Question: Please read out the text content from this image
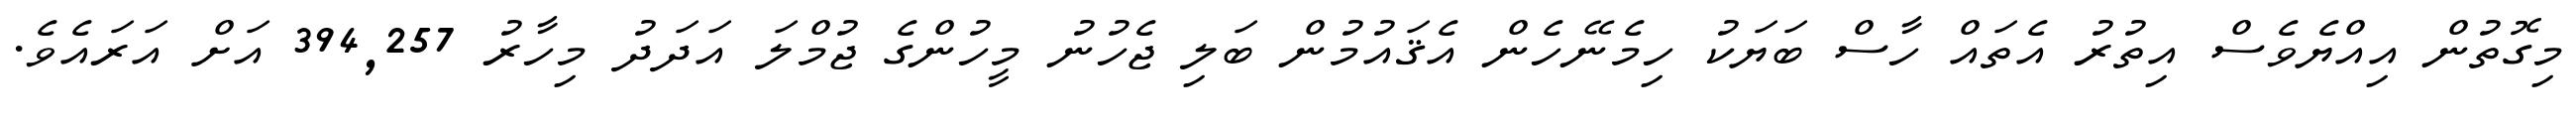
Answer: މިގޮތުން އިއްޔެވެސް އިތުރު އެތައް ހާސް ބަޔަކު ހިމެނޭހެން އެޤައުމުން ބަލި ޖެހުނު މީހުންގެ ޖުމްލަ އަދަދު މިހާރު 394,257 އަށް އަރައެވެ.